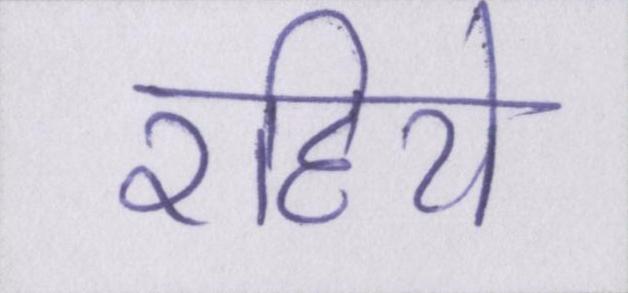
रहिये